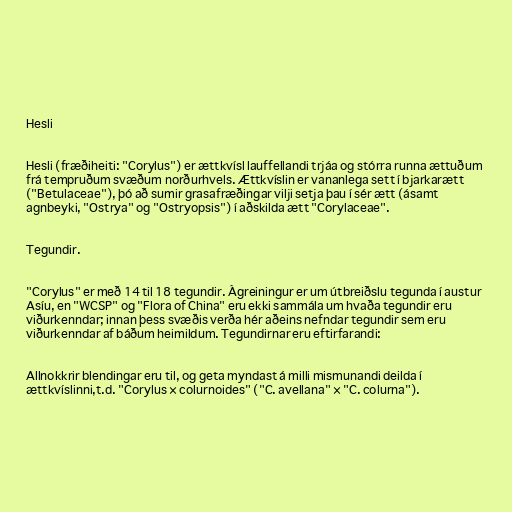
Hesli

Hesli (fræðiheiti: "Corylus") er ættkvísl lauffellandi trjáa og stórra runna ættuðum
frá tempruðum svæðum norðurhvels. Ættkvíslin er vananlega sett í bjarkarætt
("Betulaceae"), þó að sumir grasafræðingar vilji setja þau í sér ætt (ásamt
agnbeyki, "Ostrya" og "Ostryopsis") í aðskilda ætt "Corylaceae".

Tegundir.

"Corylus" er með 14 til 18 tegundir. Ágreiningur er um útbreiðslu tegunda í austur
Asíu, en "WCSP" og "Flora of China" eru ekki sammála um hvaða tegundir eru
viðurkenndar; innan þess svæðis verða hér aðeins nefndar tegundir sem eru
viðurkenndar af báðum heimildum. Tegundirnar eru eftirfarandi:

Allnokkrir blendingar eru til, og geta myndast á milli mismunandi deilda í
ættkvíslinni,t.d. "Corylus × colurnoides" ("C. avellana" × "C. colurna").